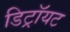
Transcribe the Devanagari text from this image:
डिट्रॉयट